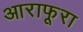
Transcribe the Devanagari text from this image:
आराफूरा